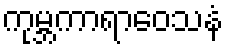
ကုမ္ဘကာရာဝေသနံ